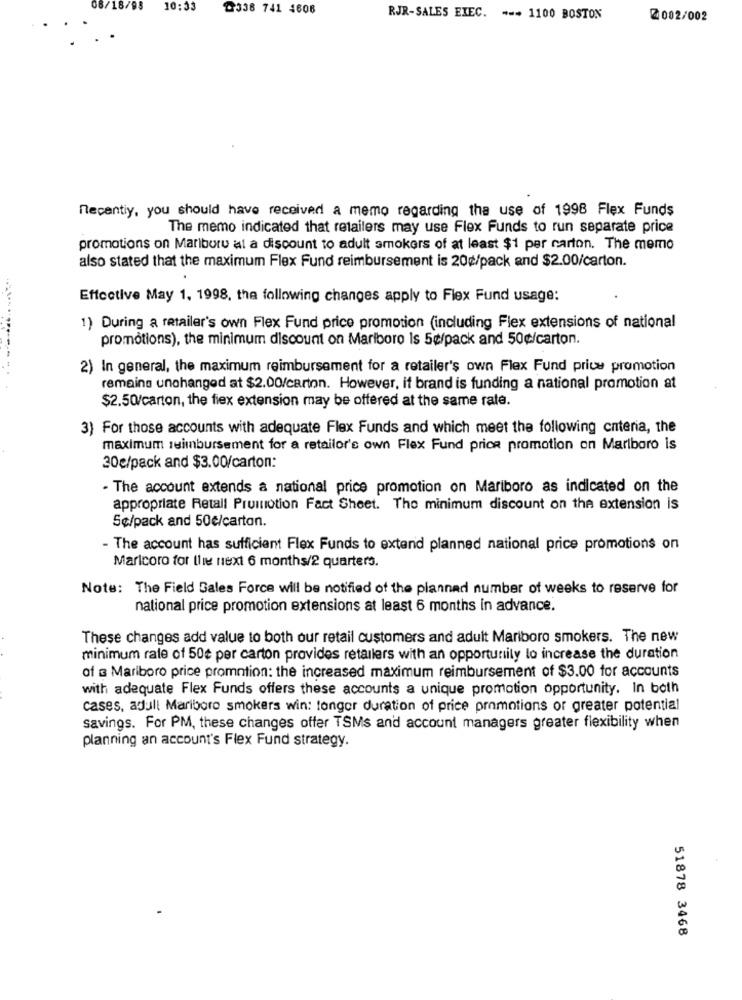
08/18/98
10:33
৳336 741 4608
RJR-SALES EXEC. --- 1100 BOSTON
2002/002
Recentiy, you should have received a memo regarding the use of 1998 Flex Funds
The memo indicated that retailers may use Flex Funds to run separate price
promotions on Mariboru at a discount to adult smokers of at least $1 per carton. The memo
also stated that the maximum Flex Fund reimbursement is 20¢/pack and $2.00/carton.
Effective May 1, 1998, the following changes apply to Flex Fund usage:
1) During a retailer's own Flex Fund price promotion (including Flex extensions of national
promotions), the minimum discount on Mariboro Is 5¢/pack and 50¢/carton.
2) In general, the maximum reimbursement for a retailer's own Flex Fund price promotion
remains unchanged at $2.00/carton. However, it brand is funding a national promotion at
$2.50/carton, the fiex extension may be offered at the same rate.
3) For those accounts with adequate Flex Funds and which meet the following cnteria, the
maximum reimbursement for a retailor's own Flex Fund price promotion on Marlboro is
30e/pack and $3.00/carton:
- The account extends a national price promotion on Mariboro as indicated on the
appropriate Retall Prumnotion Fact Sheet. The minimum discount on the extension is
Se/pack and 50€/carton.
- The account has sufficient Flex Funds to extend planned national price promotions on
Maricoro for the next 6 months/2 quarters.
Note: The Field Sales Force will be notified of the plannad number of weeks to reserve for
national price promotion extensions at least 6 months in advance.
These changes add value to both our retail customers and adult Marlboro smokers. The new
minimum rate of 50€ per carton provides retailers with an opportunity lo increase the duration
of s Marlboro price promotion: the increased maximum reimbursement of $3.00 for accounts
with adequate Flex Funds offers these accounts a unique promotion opportunity. In both
cases, adull Mariboro smokers win: tonger duration of price promotions or greater potential
savings. For PM, these changes offer TSMs and account managers greater flexibility when
planning an account's Flex Fund strategy.
51878 3468